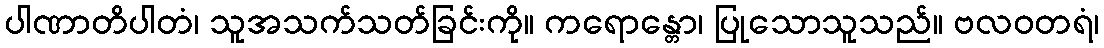
ပါဏာတိပါတံ၊ သူအသက်သတ်ခြင်းကို။ ကရောန္တော၊ ပြုသောသူသည်။ ဗလဝတရံ၊